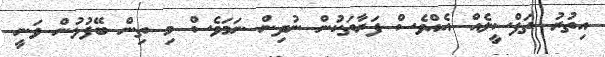
އިތުރު ތަފްސީލެއް އެއްވެސް ފަރާތަކުން ނުދިން ނަމަވެސް މި ތިން ބޭފުޅުން ވަނީ